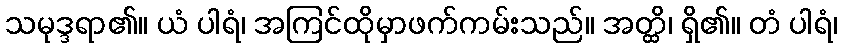
သမုဒ္ဒရာ၏။ ယံ ပါရံ၊ အကြင်ထိုမှာဖက်ကမ်းသည်။ အတ္ထိ၊ ရှိ၏။ တံ ပါရံ၊